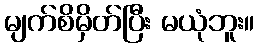
မျက်စိမှိတ်ပြီး မယုံဘူး။